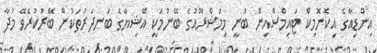
އިންޑިއާގެ އިކޮނޮމިކް ޓައިމްސްއިން ބުނީ މިމަޝްރޫއުގެ ބޭނުމަކީ އޭޝިޔާގެ ބަނދަރުތަކުން ބޭރުކުރެވޭ މުދާ